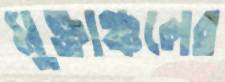
মুক্তাঞ্চলের